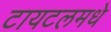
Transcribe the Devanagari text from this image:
टायटलमधे